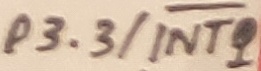
Text: P3.3/INT1